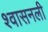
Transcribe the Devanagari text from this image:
श्‍वासनली